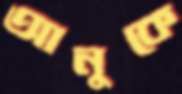
আনুকে